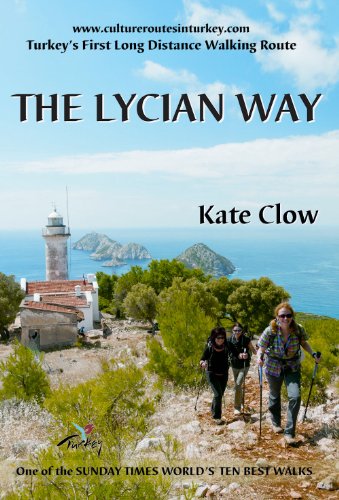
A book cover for The Lycian Way: Turkey's First Long Distance Walking Route; Kate Clow; Travel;